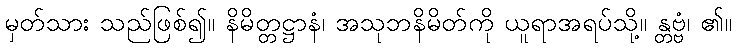
မှတ်သား သည်ဖြစ်၍။ နိမိတ္တဋ္ဌာနံ၊ အသုဘနိမိတ်ကို ယူရာအရပ်သို့။ န္တဗ္ဗံ၊ ၏။